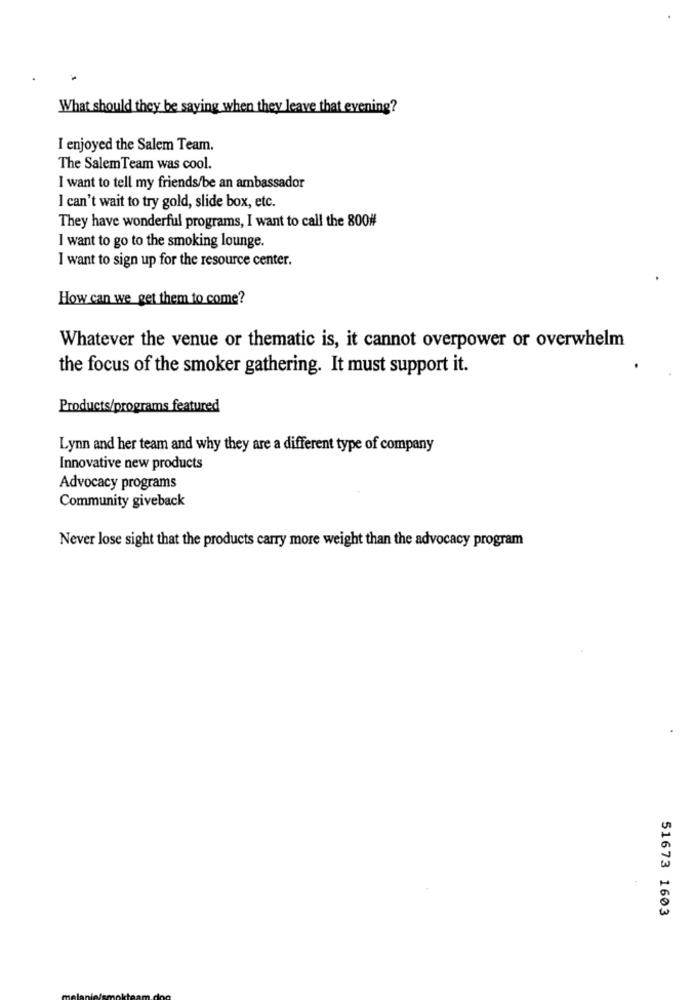
What should they be saying when they leave that evening?
I enjoyed the Salem Team.
The Salem Team was cool.
I want to tell my friends/be an ambassador
I can't wait to try gold, slide box, etc.
They have wonderful programs, I want to call the 800#
I want to go to the smoking lounge.
I want to sign up for the resource center.
How can we get them to come?
Whatever the venue or thematic is, it cannot overpower or overwhelm
the focus of the smoker gathering. It must support it.
Products/programs featured
Lynn and her team and why they are a different type of company
Innovative new products
Advocacy programs
Community giveback
Never lose sight that the products carry more weight than the advocacy program
51673 1603